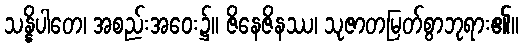
သန္နိပါတေ၊ အစည်းအဝေး၌။ ဇိနေဇိနဿ၊ သုဇာတမြတ်စွာဘုရား၏။